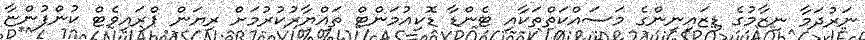
ނަރުދަމާ ނިޒާމުގެ ޑިޒައިނިންގެ މަސައްކަތްތަކާއި ޓެންޑާ ޑޮކިއުމަންޓް ތައްޔާރުކުރުމަށް ރިޔަން ޕްރައިވެޓް ކުންފުންޏާ